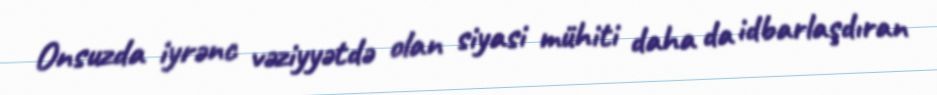
Onsuzda iyrənc vəziyyətdə olan siyasi mühiti daha da idbarlaşdıran